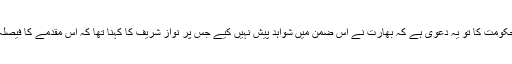
ایک صحافی نے سابق وزیراعظم سے پوچھا کہ حکومت کا تو یہ دعویٰ ہے کہ بھارت نے اس ضمن میں شواہد پیش نہیں کیے جس پر نواز شریف کا کہنا تھا کہ اس مقدمے کا فیصلہ کروانے کے لیے ہمارے پاس شواہد کم نہیں ہیں۔